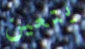
يتعين